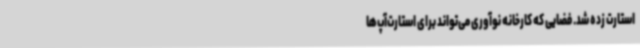
استارت زده شد. فضایی که کارخانه نوآوری می‌تواند برای استارت‌آپ‌ها